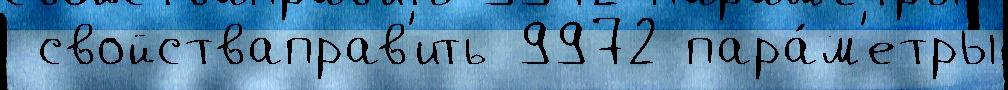
 свойстваправ'ить 9972 пара́м'етры